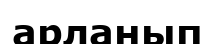
арланып